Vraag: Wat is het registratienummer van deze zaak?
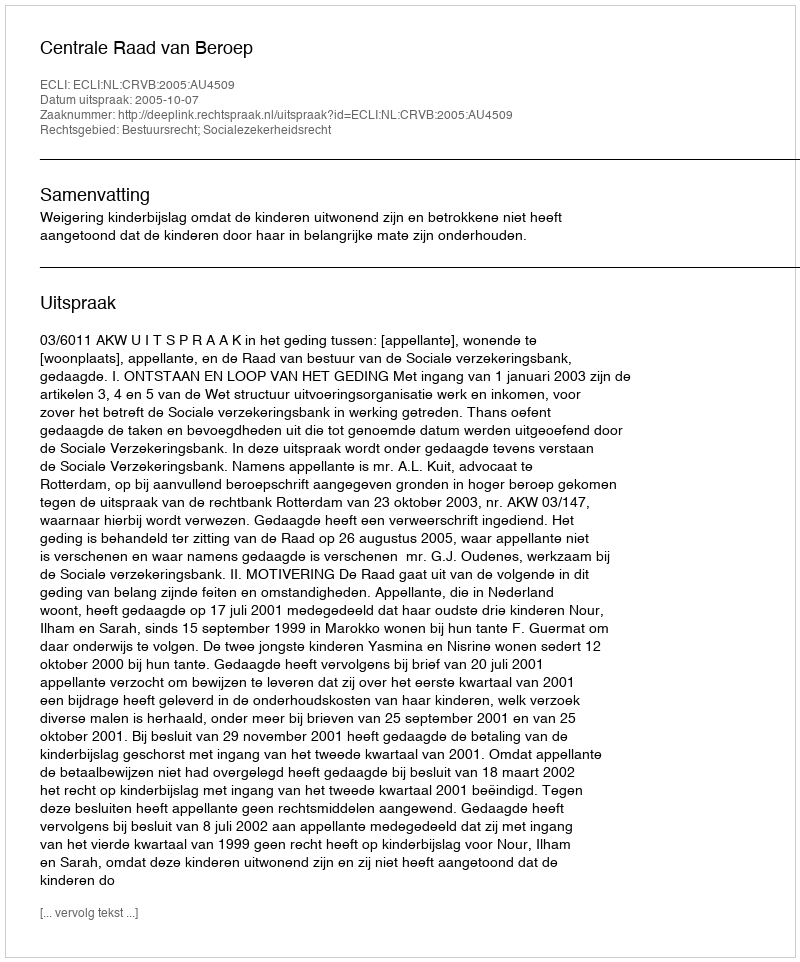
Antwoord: http://deeplink.rechtspraak.nl/uitspraak?id=ECLI:NL:CRVB:2005:AU4509